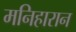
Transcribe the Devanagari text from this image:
मनिहारान